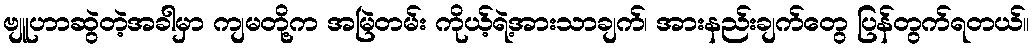
ဗျူဟာဆွဲတဲ့အခါမှာ ကျမတို့က အမြဲတမ်း ကိုယ့်ရဲ့အားသာချက်၊ အားနည်းချက်တွေ ပြန်တွက်ရတယ်။